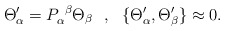
\begin{align*}\Theta _\alpha'=P_\alpha ^{~\beta}\Theta _\beta~~,~~\{\Theta _\alpha',\Theta _\beta '\}\approx 0.\end{align*}